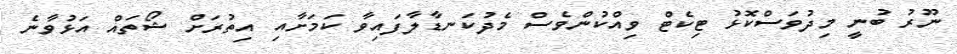
ނޫރު ބުނީ މިދުވަސްކޮޅު ޓިކެޓް ވިއްކުންވެސް މެދުކަނޑާލާފައިވާ ކަމަށާއި އިތުރަށް ޝޯތައް އަޅުވާނެ